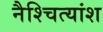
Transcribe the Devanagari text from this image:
नैश्चित्यांश